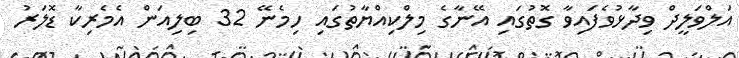
އަލްވަލީދް ވިދާޅުވެފައިވާ ގޮތުގައި އޭނާގެ މިލްކިއްޔާތުގައި ހިމެނޭ 32 ބިލިއަން އެމެރިކާ ޑޮލަރު